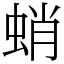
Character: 蛸